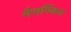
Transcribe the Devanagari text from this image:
नैसर्गिकच